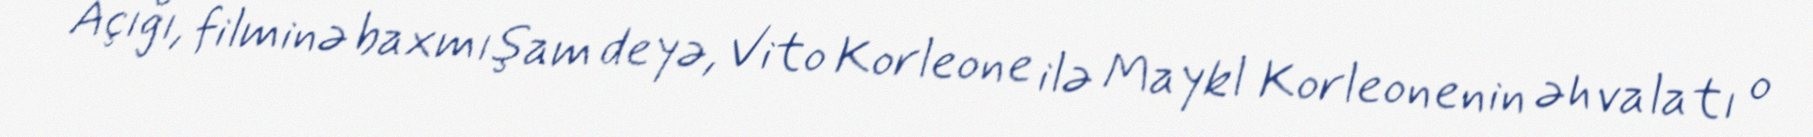
Açığı, filminə baxmışam deyə, Vito Korleone ilə Maykl Korleonenin əhvalatı o